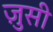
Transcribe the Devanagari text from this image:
ज़ुसी